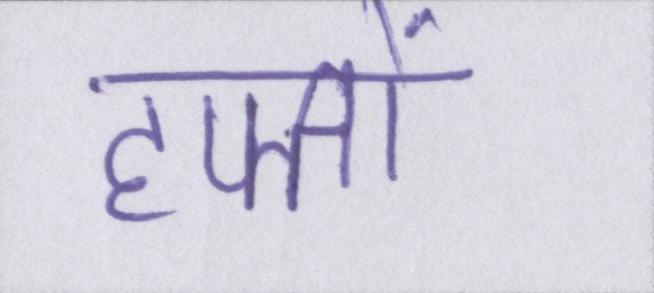
हफ्तों